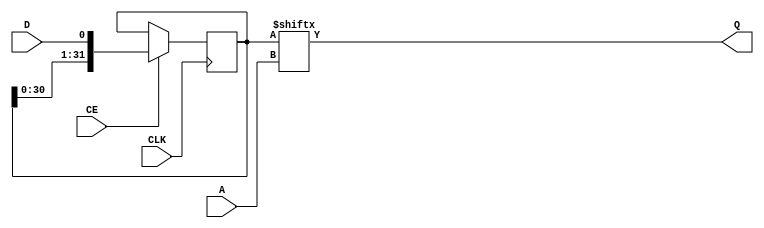
module axi_data_fifo_v2_1_8_ndeep_srl #
  (
   parameter         C_FAMILY  = "rtl", 
   parameter         C_A_WIDTH = 1          
   )
  (
   input  wire                 CLK, 
   input  wire [C_A_WIDTH-1:0] A,   
   input  wire                 CE,  
   input  wire                 D,   
   output wire                 Q    
   );
  localparam integer P_SRLASIZE = 5;
  localparam integer P_SRLDEPTH = 32;
  localparam integer P_NUMSRLS  = (C_A_WIDTH>P_SRLASIZE) ? (2**(C_A_WIDTH-P_SRLASIZE)) : 1;
  localparam integer P_SHIFT_DEPTH  = 2**C_A_WIDTH;
  wire [P_NUMSRLS:0]   d_i;
  wire [P_NUMSRLS-1:0] q_i;
  wire [(C_A_WIDTH>P_SRLASIZE) ? (C_A_WIDTH-1) : (P_SRLASIZE-1) : 0] a_i;
  genvar i;
  assign d_i[0] = D;
  assign a_i = A;
  generate
    if (C_FAMILY == "rtl") begin : gen_rtl_shifter
      if (C_A_WIDTH <= P_SRLASIZE) begin : gen_inferred_srl
        reg [P_SRLDEPTH-1:0] shift_reg = {P_SRLDEPTH{1'b0}};
        always @(posedge CLK)
          if (CE)
            shift_reg <= {shift_reg[P_SRLDEPTH-2:0], D};
        assign Q = shift_reg[a_i];
      end else begin : gen_logic_shifter  
        reg [P_SHIFT_DEPTH-1:0] shift_reg = {P_SHIFT_DEPTH{1'b0}};
        always @(posedge CLK)
          if (CE)
            shift_reg <= {shift_reg[P_SHIFT_DEPTH-2:0], D};
        assign Q = shift_reg[a_i];
      end
    end else begin : gen_primitive_shifter
      for (i=0;i<P_NUMSRLS;i=i+1) begin : gen_srls
        SRLC32E
          srl_inst
            (
             .CLK (CLK),
             .A   (a_i[P_SRLASIZE-1:0]),
             .CE  (CE),
             .D   (d_i[i]),
             .Q   (q_i[i]),
             .Q31 (d_i[i+1])
             );
      end
      if (C_A_WIDTH>P_SRLASIZE) begin : gen_srl_mux
        generic_baseblocks_v2_1_0_nto1_mux #
        (
          .C_RATIO         (2**(C_A_WIDTH-P_SRLASIZE)),
          .C_SEL_WIDTH     (C_A_WIDTH-P_SRLASIZE),
          .C_DATAOUT_WIDTH (1),
          .C_ONEHOT        (0)
        )
        srl_q_mux_inst
        (
          .SEL_ONEHOT ({2**(C_A_WIDTH-P_SRLASIZE){1'b0}}),
          .SEL        (a_i[C_A_WIDTH-1:P_SRLASIZE]),
          .IN         (q_i),
          .OUT        (Q)
        );
      end else begin : gen_no_srl_mux
        assign Q = q_i[0];
      end
    end
  endgenerate
endmodule